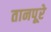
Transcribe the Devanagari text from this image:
तानपूरे